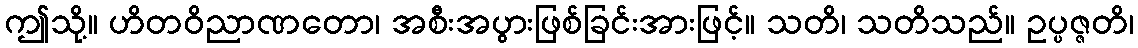
ဤသို့။ ဟိတဝိညာဏတော၊ အစီးအပွားဖြစ်ခြင်းအားဖြင့်။ သတိ၊ သတိသည်။ ဥပ္ပဇ္ဇတိ၊